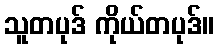
သူတပုဒ် ကိုယ်တပုဒ်။